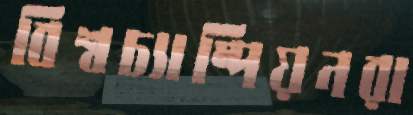
বিশ্বচ্যাম্পিয়নরা